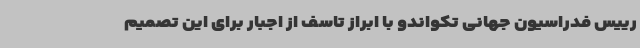
رییس فدراسیون جهانی تکواندو با ابراز تاسف از اجبار برای این تصمیم